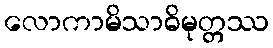
လောကာမိသာဓိမုတ္တဿ